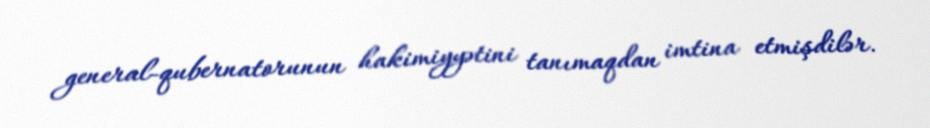
general-qubernatorunun hakimiyyətini tanımaqdan imtina etmişdilər.